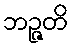
ဘဉ္ဇတိ